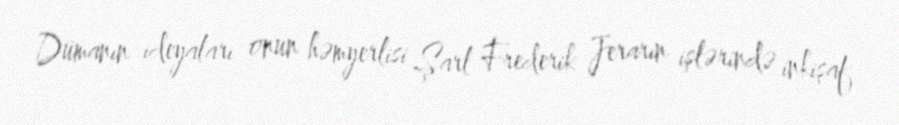
Dümanın ideyaları onun həmyerlisi Şarl Frederik Jerarın işlərində inkişaf